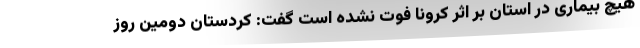
هیچ بیماری در استان بر اثر کرونا فوت نشده است گفت: کردستان دومین روز